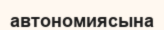
автономиясына